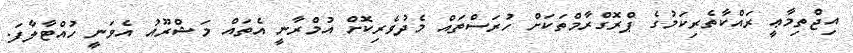
އިޖްތިމާޢީ ރައްކާތެރިކަމުގެ ޕްރޮގްރާމްތަކަށް ހުރަސްތައް މެދުވެރިކޮށް އުމްރާނީ އެތައް މަޝްރޫއު އެވަނީ ހުއްޓާލާފަ.